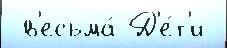
 в'есьма́ Д'е́т'и